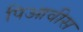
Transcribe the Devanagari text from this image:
पिआवीस